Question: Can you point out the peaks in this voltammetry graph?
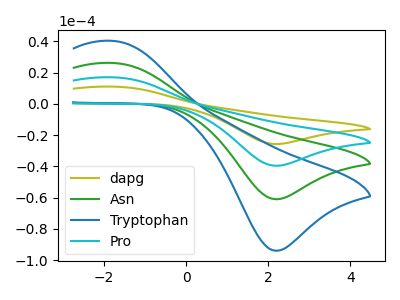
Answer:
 <answer>The olive curve "dapg" has an anodic peak at (-1.80V, 78.35uA) and a cathodic peak at (2.20V, -182.90uA). The green curve "Asn" has an anodic peak at (-1.80V, 26.10uA) and a cathodic peak at (2.20V, -60.95uA). The blue curve "Tryptophan" has an anodic peak at (-1.80V, 40.20uA) and a cathodic peak at (2.20V, -93.95uA). The cyan curve "Pro" has an anodic peak at (-1.80V, 52.20uA) and a cathodic peak at (2.20V, -121.95uA).</answer>
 <eval></eval>